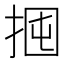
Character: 𢬼